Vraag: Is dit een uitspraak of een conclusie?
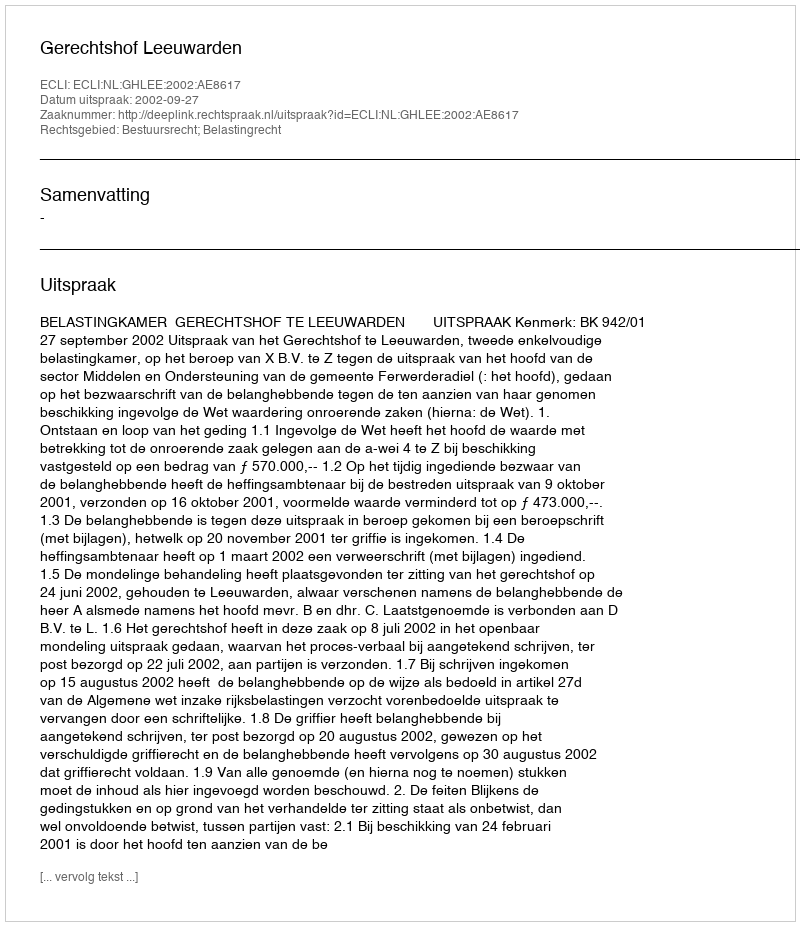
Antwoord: Uitspraak